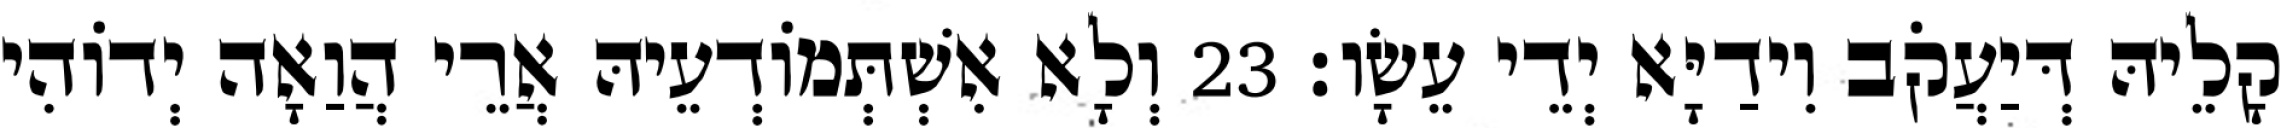
קָלֵיהּ דְּיַעֲקֹב וִידַיָּא יְדֵי עֵשָׂו׃ 23 וְלָא אִשְׁתְּמוֹדְעֵיהּ אֲרֵי הֲוַאָה יְדוֹהִי